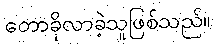
တောခိုလာခဲ့သူဖြစ်သည်။